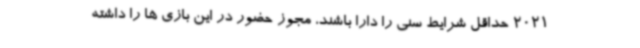
2021 حداقل شرایط سنی را دارا باشند، مجوز حضور در این بازی ها را داشته